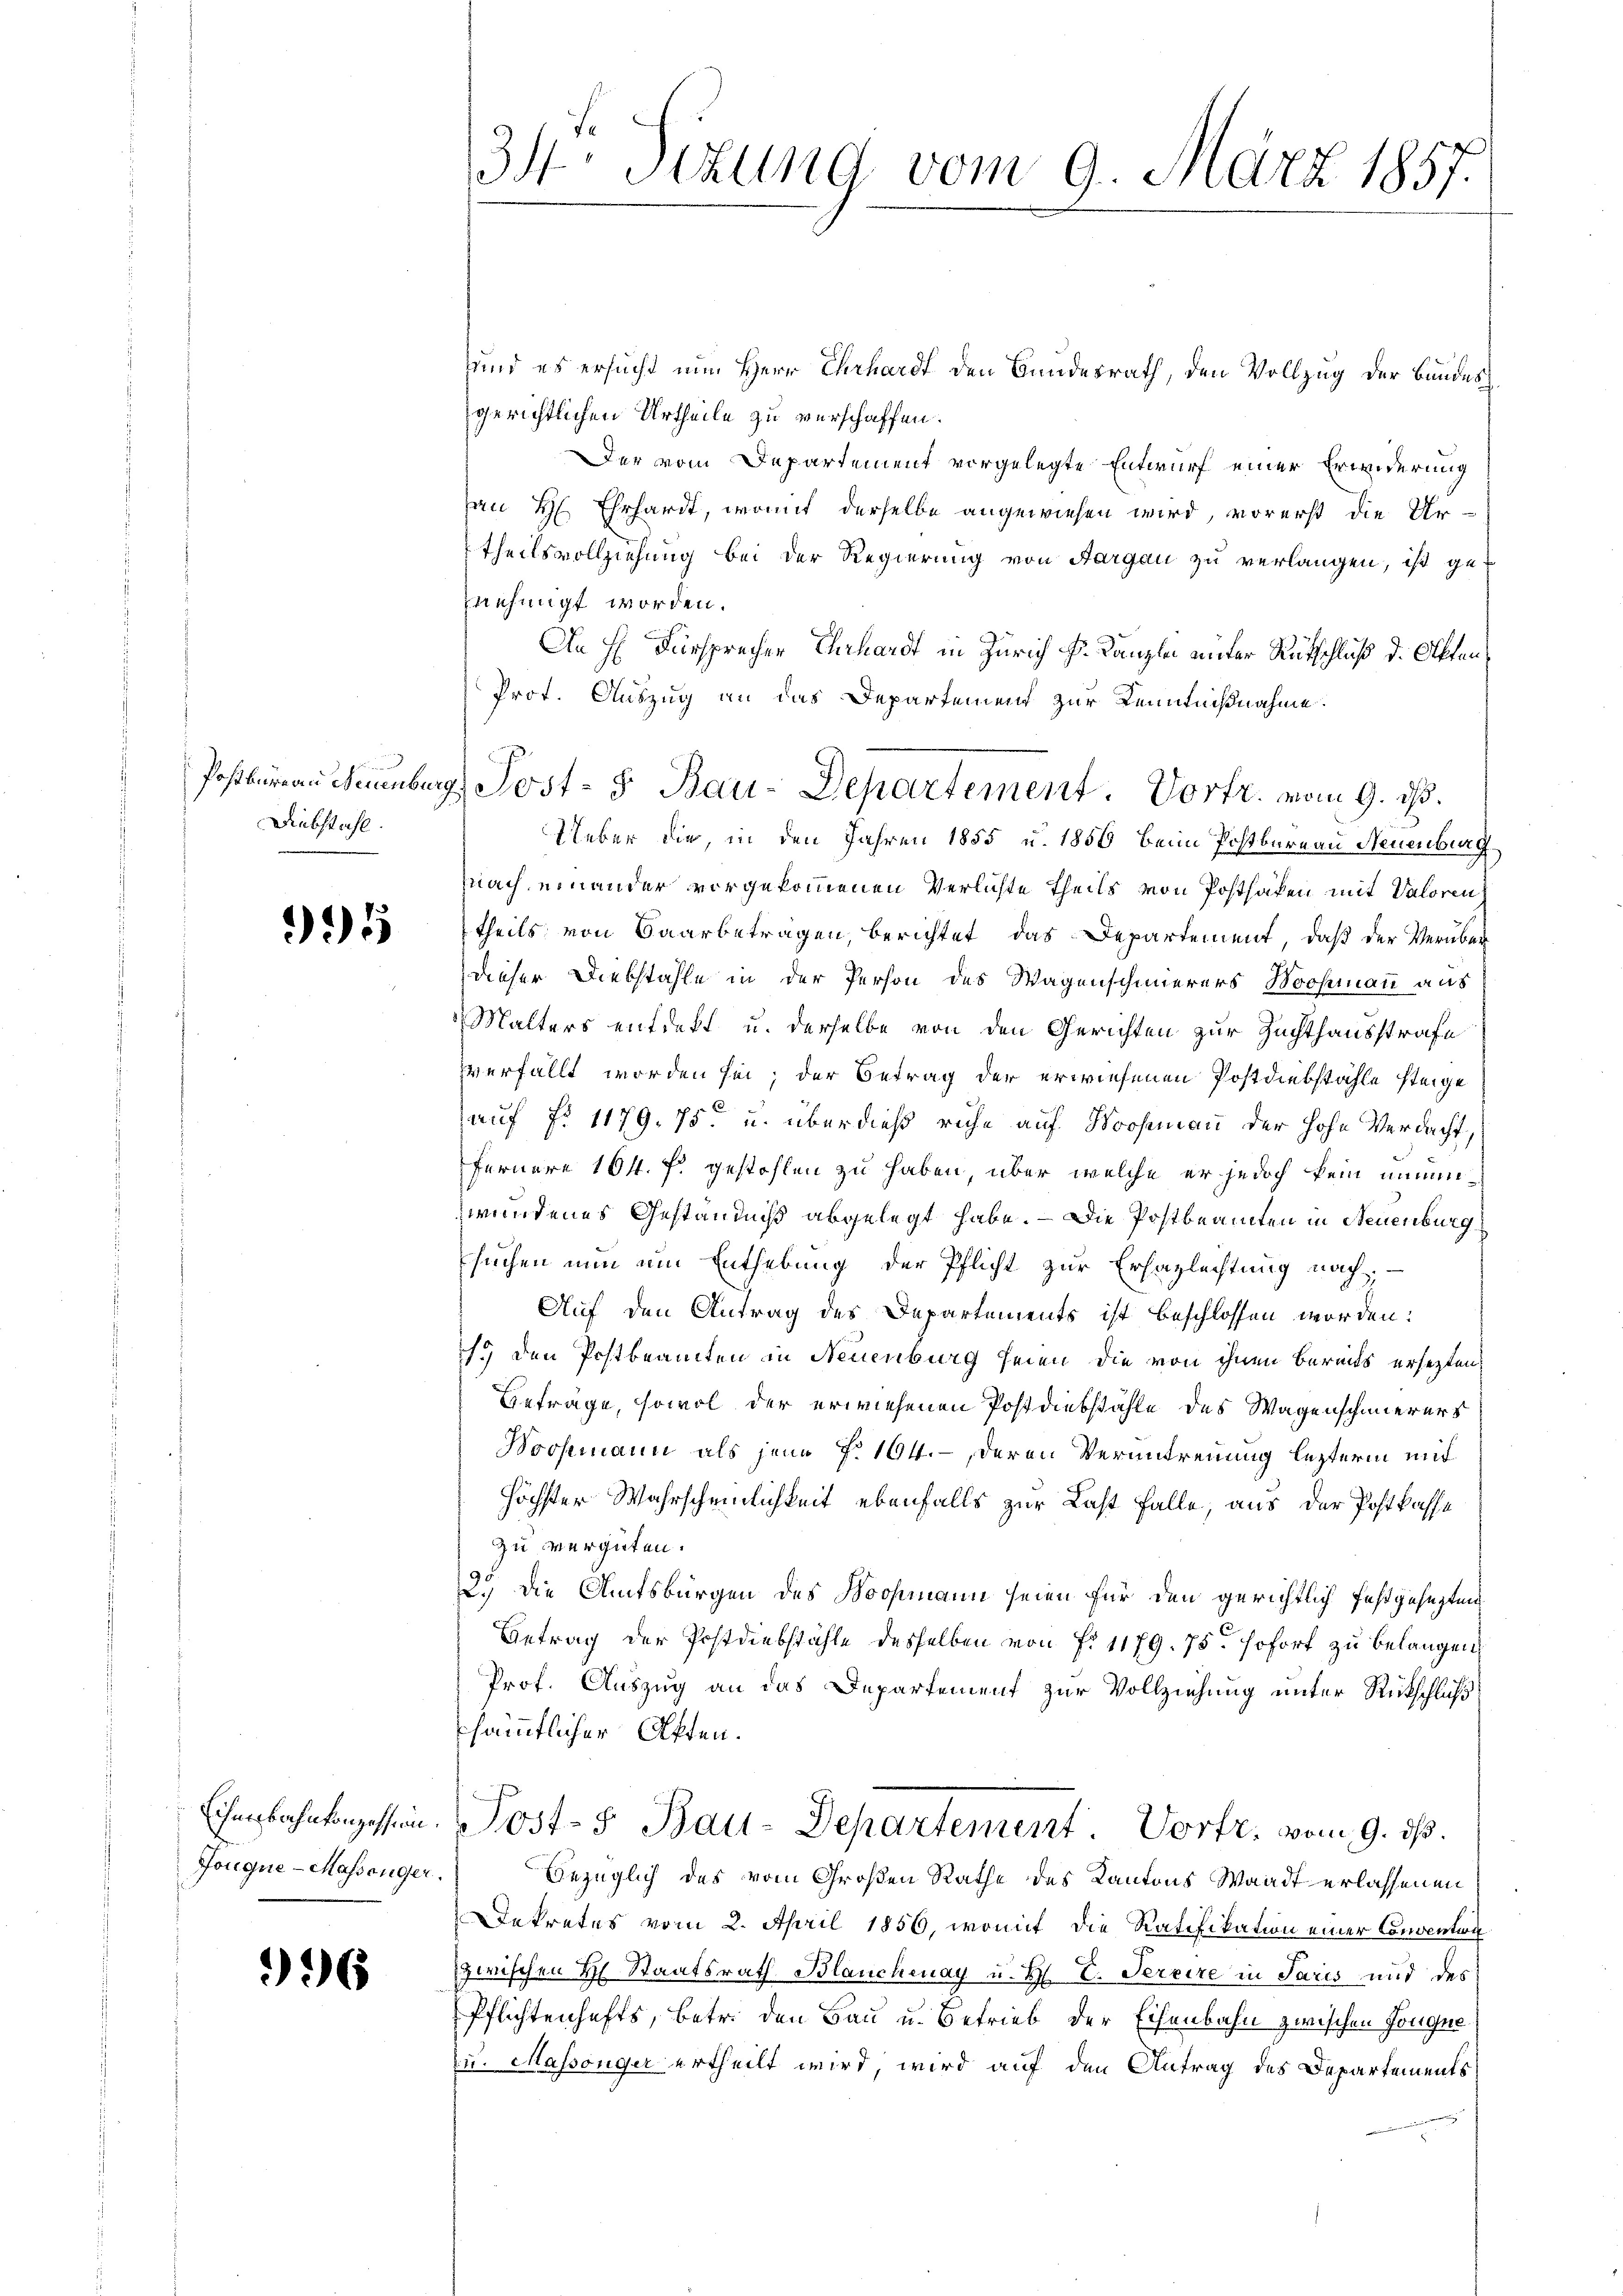
Postbureau Neuenburg
Diebstahl.

995

Eisenbahnkonzession.
Jongue - Massenger

996

34 Sizung vom 9. März 1857.

und es ersucht nun Herr Ehrhardt den Bundesrath, den Vollzug der Bauder
gerichtlichen Urtheile zu verschaffen.
Der vom Departement vorgelegte Entwurf einer Erwiderung
an H. Ehrhardt, womit derselbe angewiesen wird, vorerst die Urtheilsvollziehung bei der Regierung von Aargau zu verlangen, ist genehmigt worden.
An Hr. Fürsprecher Ehrhardt in Zürich Hr. Kanzlei unter Rutschluß d. Akten¬
Prot. Auszug an das Departement zur Kenntnißnahme.
Ueber die in den Jahren 1855 u. 1856 beim Postbureau Neuenburg
nach einander vorgekommenen Verlichte theils von Posthafen mit Valoren
theils von Baarbetragen, berichtet das Departement, daß der Verüber
dieser Diebstahle in der Person des Wagenschmierers Boosmann aus
Malters entdekt u. derselbe von den Gerichten zur Zuchthausstrafe
verfällt worden sei; der Betrag der erwiesenen Postdiebstähle steige
auf fr. 1179. 75 u. überdieß ruhe auf Moosmann der hohe Verdacht,
fernere 164. f. gestohlen zu haben, über welche er jedoch kein einen
wundenes Geständniß abgelegt habe. — Die Postbeamten in Neuenburg
suchen nun um Enthebung der Pflicht zur Erhaplechtung nach
Auf den Antrag des Departements ist beschlossen worden:
. den Postbeamten in Neuenburg seien die von ihnen Bereits ersetzten
Beträge, sowol der erwiesenen Postdiebstähle des Wagenschauerers
Hochmann als jene §. 164. -, deren Veruntreuung lezterm mit
höchster Wahrscheinlichkeit ebenfalls zur Last falle, aus der Postkasse
zu vergüten.
2.) Die Amtsbürgen des Boosmann seien für den gerichtlich festgehegten,
Betrag der Postdiebstähle desselben von No 1179. 75. sofort zu belangen,
Prof. Auszug an das Departement zur Vollziehung unter Rückschluß
sämmtlicher Akten.
Post-5 Bau-Departement. Vortr. vom 9. ds.
bezüglich des vom Großen Rathe des Kantons Waadt erlassenen
Dekretes vom 2. April 1856, womit die Ratifikation einer Conventin
zwischen H. Staatsrath Blanchenay u. H. V. Percire in Paris und des
Pflichtenhafts, betr. den Bau u. Betrieb der Eisenbahn zwischen Tongne
zu. Massenger ertheilt wird, wird auf den Antrag des Departements

Post- & Bau-Departement. Vortr. vom 9. ds.